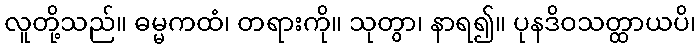
လူတို့သည်။ ဓမ္မကထံ၊ တရားကို။ သုတွာ၊ နာရ၍။ ပုနဒိဝသတ္ထာယပိ၊